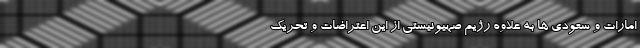
امارات و سعودی ها به علاوه رژیم صهیونیستی از این اعتراضات و تحریک